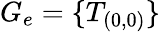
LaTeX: G_{e}=\{ T_{(0,0)}\}